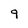
Character: 9